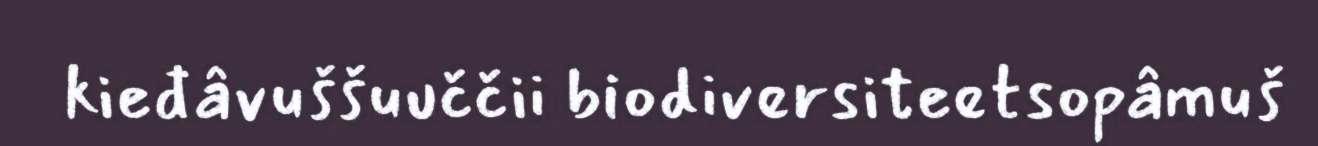
kieđâvuššuuččii biodiversiteetsopâmuš